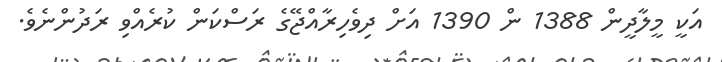
އަކީ މީލާދީން 1388 ން 1390 އަށް ދިވެހިރާއްޖޭގެ ރަސްކަން ކުރެއްވި ރަދުންނެވެ.